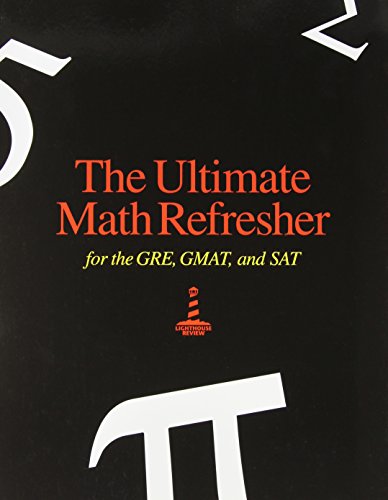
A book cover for The Ultimate Math Refresher for GRE, GMAT, and SAT; Lighthouse Review Inc; Test Preparation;